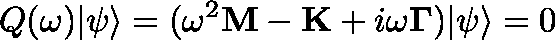
Q ( \omega ) | \psi \rangle = ( \omega ^ { 2 } \mathbf { M } - \mathbf { K } + i \omega \mathbf { \Gamma } ) | \psi \rangle = 0